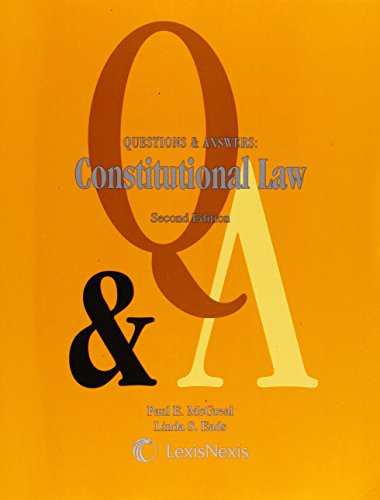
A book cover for Questions & Answers: Constitutional Law; Paul E. McGreal; Law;